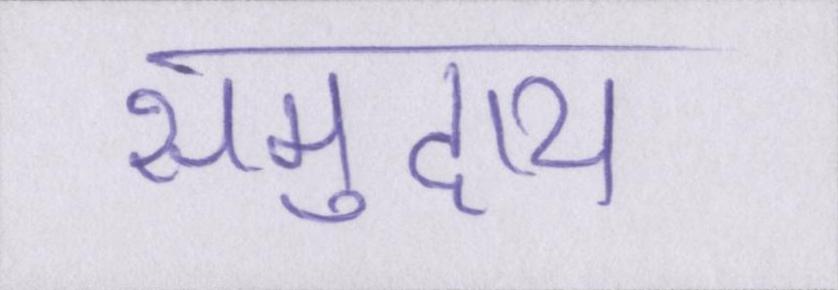
समुदाय